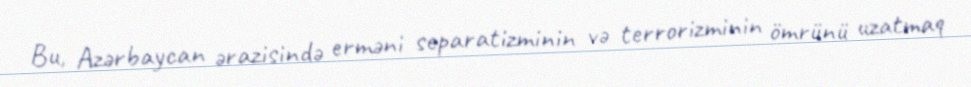
Bu, Azərbaycan ərazisində erməni separatizminin və terrorizminin ömrünü uzatmaq